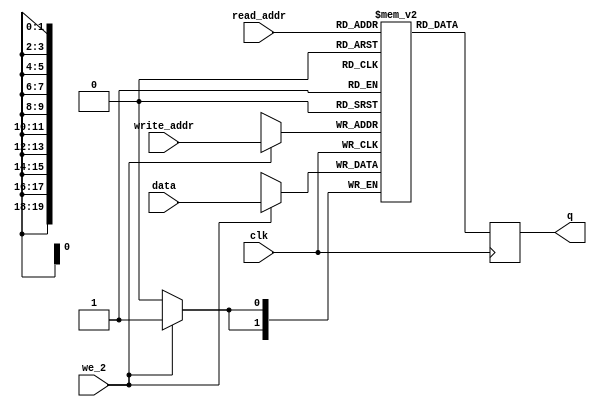
module FB_red_mem
#(parameter DATA_WIDTH=2, parameter ADDR_WIDTH=20)
(
	input [(DATA_WIDTH-1):0] data,
	input [(ADDR_WIDTH-1):0] read_addr, write_addr, 
	input we_2, clk,
	output reg [(DATA_WIDTH-1):0] q
);
  

	// Declare the RAM variable
	reg [DATA_WIDTH-1:0] r_ram[614399:0];
	
	always @ (posedge clk)
	begin
		// Write
		if (we_2)
		   begin
			r_ram[write_addr] <= data;
         end
	end
	
	always @ (posedge clk)
	begin
	
		
		   q <= r_ram[read_addr] ;
			//r_ram[read_addr] = 0 ;
			
	end

endmodule